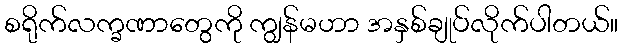
စရိုက်လက္ခဏာတွေကို ကျွန်မဟာ အနှစ်ချုပ်လိုက်ပါတယ်။